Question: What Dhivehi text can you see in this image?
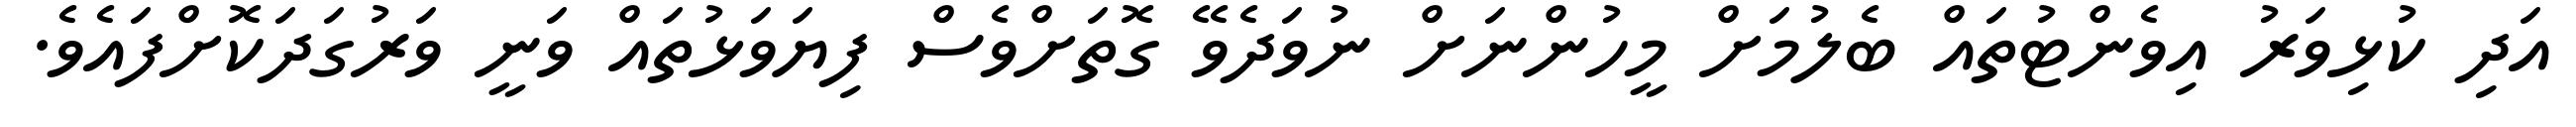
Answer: އަދި ކުޅިވަރު އިވެންޓުތައް ބެލުމަށް މީހުންނަށް ނުވަދެވޭ ގޮތަށްވެސް ފިޔަވަޅުތައް ވަނީ ވަރުގަދަކޮށްފައެވެ.